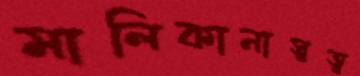
মালিকানাস্বত্ব